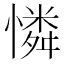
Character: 憐